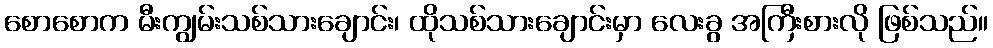
စောစောက မီးကျွမ်းသစ်သားချောင်း၊ ထိုသစ်သားချောင်းမှာ လေးခွ အကြီးစားလို ဖြစ်သည်။